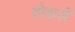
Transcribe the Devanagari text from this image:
वोकलें